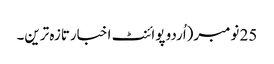
25 نومبر(اُردو پوائنٹ اخبارتازہ ترین۔